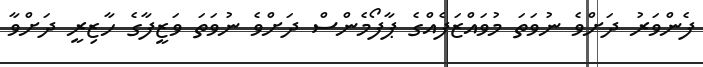
ފެންވަރު ދަށްވެ ނުވަތަ މުވައްޒަފެއްގެ ޕާފޯމެންސް ދަށްވެ ނުވަތަ ވަޒީފާގެ ހާޒިރީ ދަށްވާ